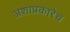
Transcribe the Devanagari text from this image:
अशाप्रकारेच